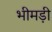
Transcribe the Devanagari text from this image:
भीमड़ी